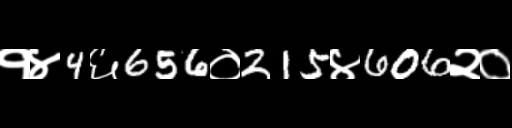
Text: १४4६656०215४606२०